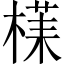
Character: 𱤀